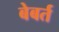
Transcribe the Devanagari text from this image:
बेबर्त